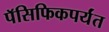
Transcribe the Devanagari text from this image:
पॅसिफिकपर्यंत